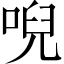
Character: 唲